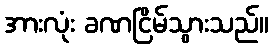
အားလုံး ခဏငြိမ်သွားသည်။